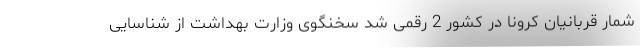
شمارِ قربانیان کرونا در کشور 2 رقمی شد سخنگوی وزارت بهداشت از شناسایی